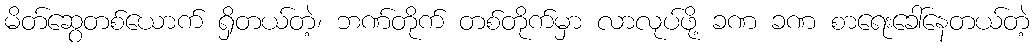
မိတ်ဆွေတစ်ယောက် ရှိတယ်တဲ့၊ ဘဏ်တိုက် တစ်တိုက်မှာ လာလုပ်ဖို့ ခဏ ခဏ စာရေးခေါ်နေတယ်တဲ့